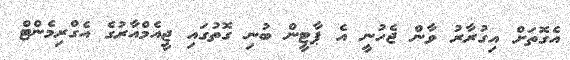
އެގޮތަށް އިގުރާރު ވާން ޖެހުނީ އެ ޕާޓީން ބުނި ގޮތުގައި ޖީއެމްއާރުގެ އެގްރިމެންޓް